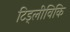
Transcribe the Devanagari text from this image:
टिड्लीविकि